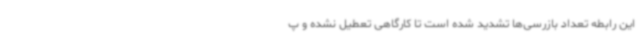
این رابطه تعداد بازرسی‌ها تشدید شده است تا کارگاهی تعطیل نشده و پ